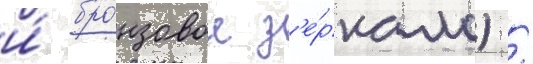
и́ бро́нзовое з'е́ркало) /